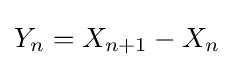
Y_{n}=X_{n+1}-X_{n}